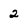
Character: 2